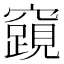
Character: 𮄟